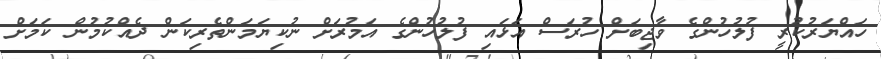
ހައްޔަރުކުރީ ފުލުހުންގެ ވާޖިބަށް ހުރަސް އަޅައި ފުލުހުންގެ އަމުރަށް ނުކިޔަމަންތެރިކަން ދެއްކުމުން ކަމަށް